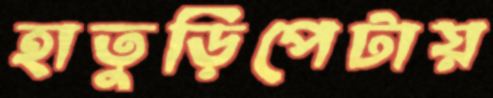
হাতুড়িপেটায়